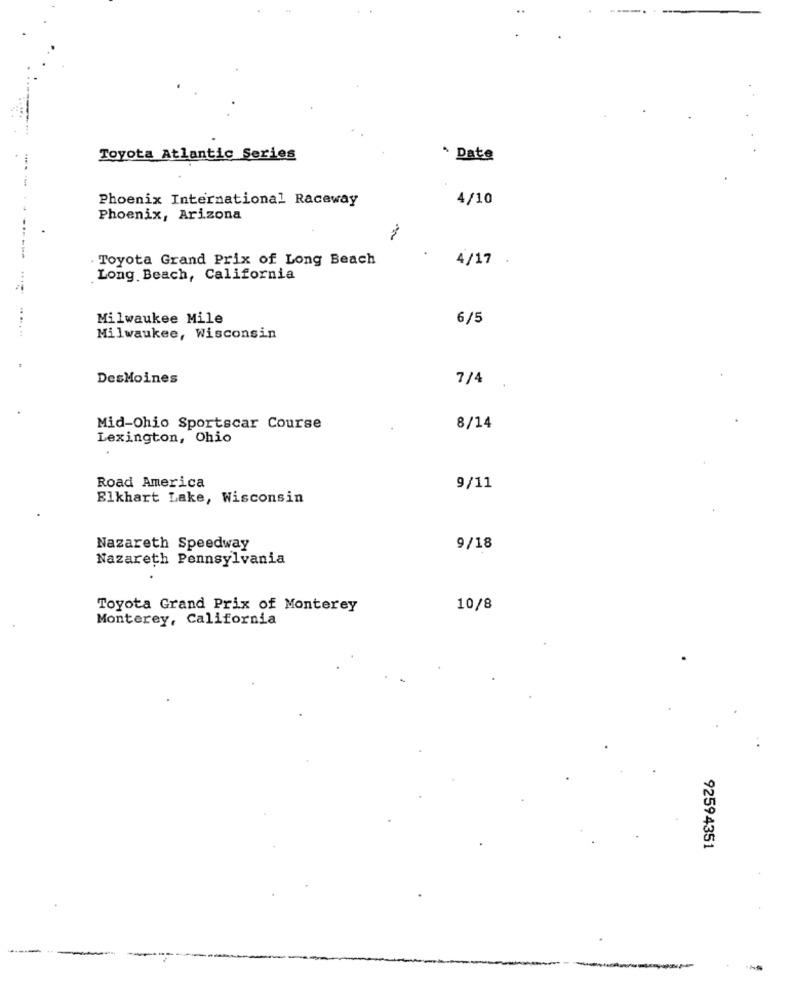
Toyota Atlantic Series
Date
Phoenix International Raceway
4/10
Phoenix, Arizona
Toyota Grand Prix of Long Beach
4/17 .
Long Beach, California
Milwaukee Mile
6/5
Milwaukee, Wisconsin
DesMoines
7/4
Mid-Ohio Sportscar Course
8/14
Lexington, Ohio
Road America
9/11
Elkhart Lake, Wisconsin
Nazareth Speedway
9/18
Nazareth Pennsylvania
Toyota Grand Prix of Monterey
10/8
Monterey, California
92594351